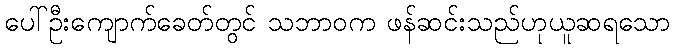
ပေါ်ဦးကျောက်ခေတ်တွင် သဘာဝက ဖန်ဆင်းသည်ဟုယူဆရသော